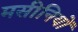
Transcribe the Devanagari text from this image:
मसीनियों